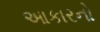
આકારનો